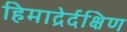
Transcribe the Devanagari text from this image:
हिमाद्रेर्दक्षिण